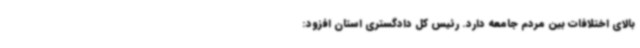
بالای اختلافات بین مردم جامعه دارد. رئیس کل دادگستری استان افزود: